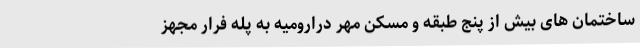
ساختمان های بیش از پنج طبقه و مسکن مهر درارومیه به پله فرار مجهز